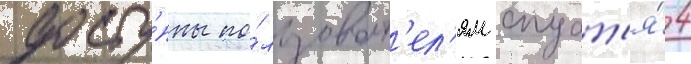
досту́пны по́льзоват'ел'ям спуст'я́ 4